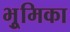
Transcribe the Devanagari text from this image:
भूुमिका